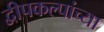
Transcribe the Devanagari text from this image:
द्वीपकल्पांच्या